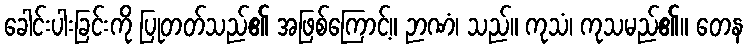
ခေါင်းပါးခြင်းကို ပြုတတ်သည်၏ အဖြစ်ကြောင့်။ ဉာဏံ၊ သည်။ ကုသံ၊ ကုသမည်၏။ တေန